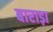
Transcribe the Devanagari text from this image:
बाराड़ा